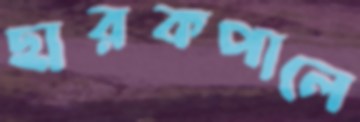
ছারকপালে